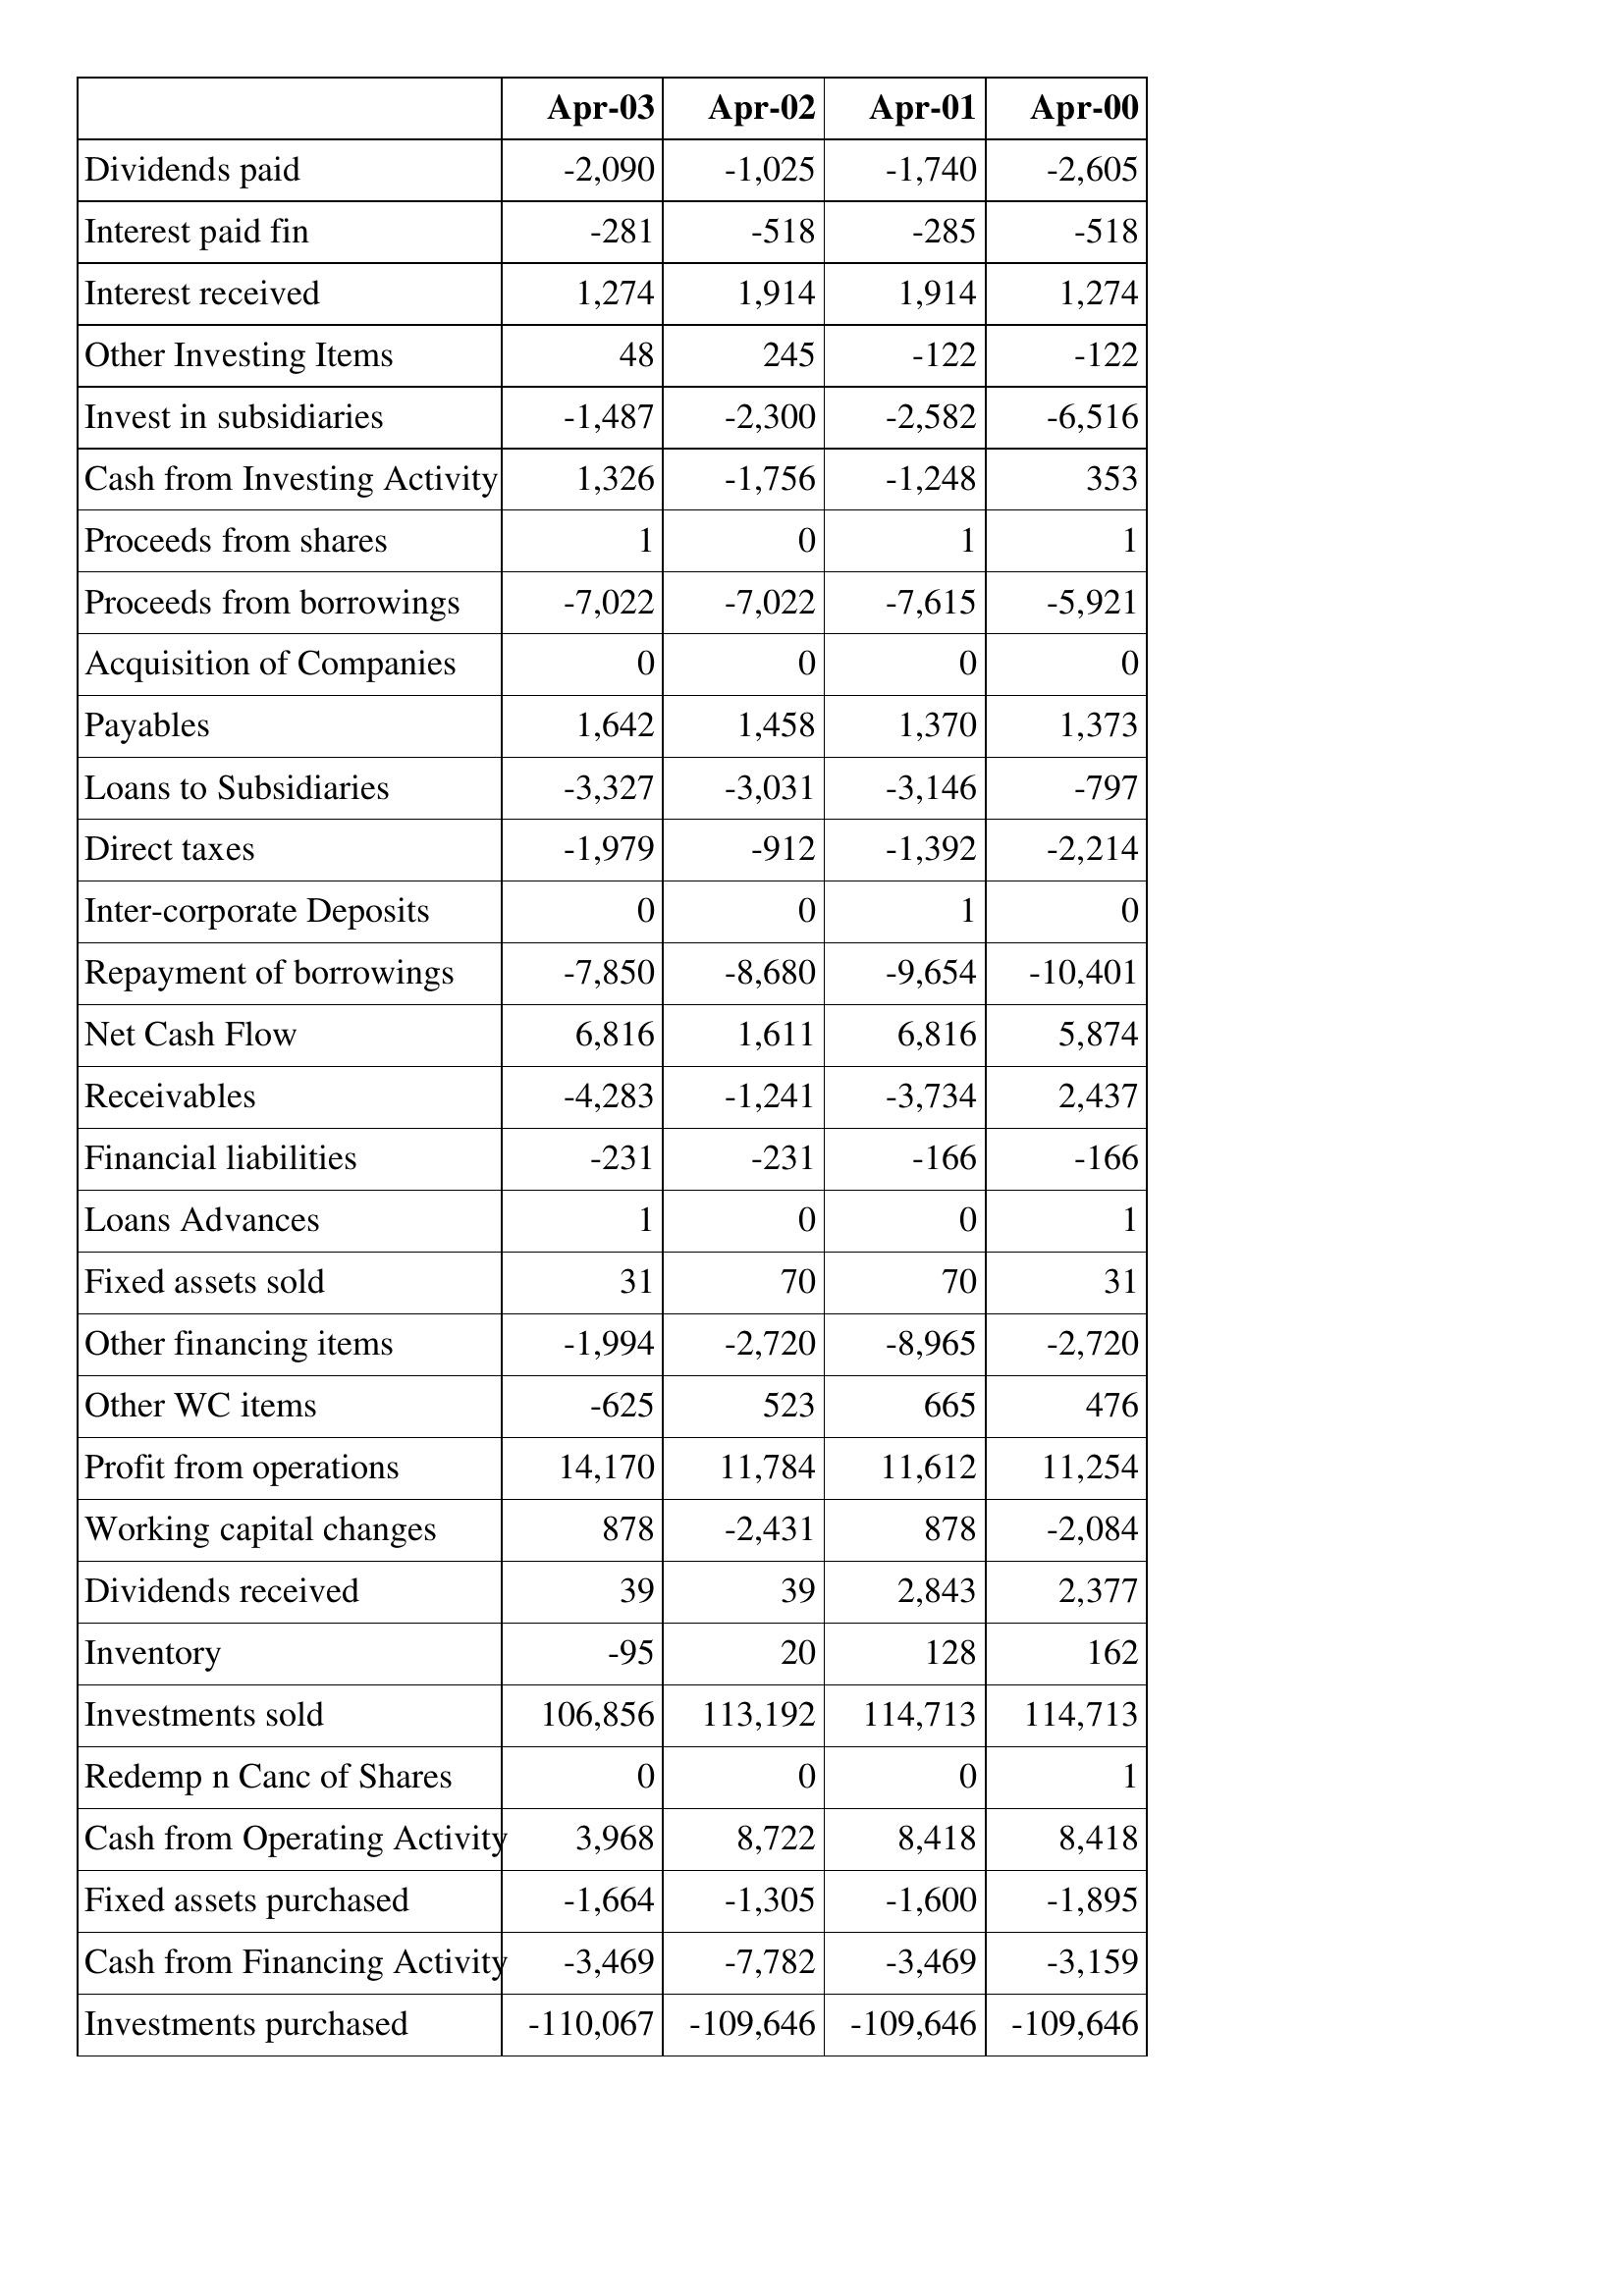
Apr-03: Cash Flows: Dividends paid: -2,090
Interest paid fin: -281
Interest received: 1,274
Other Investing Items: 48
Invest in subsidiaries: -1,487
Cash from Investing Activity: 1,326
Proceeds from shares: 1
Proceeds from borrowings: -7,022
Acquisition of Companies: 0
Payables: 1,642
Loans to Subsidiaries: -3,327
Direct taxes: -1,979
Inter-corporate Deposits: 0
Repayment of borrowings: -7,850
Net Cash Flow: 6,816
Receivables: -4,283
Financial liabilities: -231
Loans Advances: 1
Fixed assets sold: 31
Other financing items: -1,994
Other WC items: -625
Profit from operations: 14,170
Working capital changes: 878
Dividends received: 39
Inventory: -95
Investments sold: 106,856
Redemp n Canc of Shares: 0
Cash from Operating Activity: 3,968
Fixed assets purchased: -1,664
Cash from Financing Activity: -3,469
Investments purchased: -110,067
Apr-02: Cash Flows: Dividends paid: -1,025
Interest paid fin: -518
Interest received: 1,914
Other Investing Items: 245
Invest in subsidiaries: -2,300
Cash from Investing Activity: -1,756
Proceeds from shares: 0
Proceeds from borrowings: -7,022
Acquisition of Companies: 0
Payables: 1,458
Loans to Subsidiaries: -3,031
Direct taxes: -912
Inter-corporate Deposits: 0
Repayment of borrowings: -8,680
Net Cash Flow: 1,611
Receivables: -1,241
Financial liabilities: -231
Loans Advances: 0
Fixed assets sold: 70
Other financing items: -2,720
Other WC items: 523
Profit from operations: 11,784
Working capital changes: -2,431
Dividends received: 39
Inventory: 20
Investments sold: 113,192
Redemp n Canc of Shares: 0
Cash from Operating Activity: 8,722
Fixed assets purchased: -1,305
Cash from Financing Activity: -7,782
Investments purchased: -109,646
Apr-01: Cash Flows: Dividends paid: -1,740
Interest paid fin: -285
Interest received: 1,914
Other Investing Items: -122
Invest in subsidiaries: -2,582
Cash from Investing Activity: -1,248
Proceeds from shares: 1
Proceeds from borrowings: -7,615
Acquisition of Companies: 0
Payables: 1,370
Loans to Subsidiaries: -3,146
Direct taxes: -1,392
Inter-corporate Deposits: 1
Repayment of borrowings: -9,654
Net Cash Flow: 6,816
Receivables: -3,734
Financial liabilities: -166
Loans Advances: 0
Fixed assets sold: 70
Other financing items: -8,965
Other WC items: 665
Profit from operations: 11,612
Working capital changes: 878
Dividends received: 2,843
Inventory: 128
Investments sold: 114,713
Redemp n Canc of Shares: 0
Cash from Operating Activity: 8,418
Fixed assets purchased: -1,600
Cash from Financing Activity: -3,469
Investments purchased: -109,646
Apr-00: Cash Flows: Dividends paid: -2,605
Interest paid fin: -518
Interest received: 1,274
Other Investing Items: -122
Invest in subsidiaries: -6,516
Cash from Investing Activity: 353
Proceeds from shares: 1
Proceeds from borrowings: -5,921
Acquisition of Companies: 0
Payables: 1,373
Loans to Subsidiaries: -797
Direct taxes: -2,214
Inter-corporate Deposits: 0
Repayment of borrowings: -10,401
Net Cash Flow: 5,874
Receivables: 2,437
Financial liabilities: -166
Loans Advances: 1
Fixed assets sold: 31
Other financing items: -2,720
Other WC items: 476
Profit from operations: 11,254
Working capital changes: -2,084
Dividends received: 2,377
Inventory: 162
Investments sold: 114,713
Redemp n Canc of Shares: 1
Cash from Operating Activity: 8,418
Fixed assets purchased: -1,895
Cash from Financing Activity: -3,159
Investments purchased: -109,646